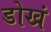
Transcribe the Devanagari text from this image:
डोखं